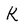
Character: k